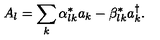
A _ { l } = \sum _ { k } \alpha _ { l k } ^ { * } a _ { k } - \beta _ { l k } ^ { * } a _ { k } ^ { \dagger } .